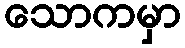
သောကမှာ